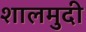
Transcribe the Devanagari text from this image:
शालमुदी